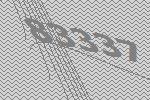
83337